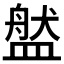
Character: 𥂐